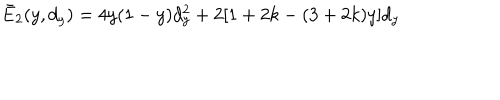
\bar { E } _ { 2 } ( y , d _ { y } ) = 4 y ( 1 - y ) d _ { y } ^ { 2 } + 2 [ 1 + 2 k - ( 3 + 2 k ) y ] d _ { y }